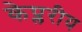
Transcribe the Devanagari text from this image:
केप्लरीय